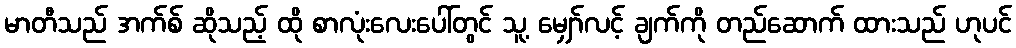
မာတီသည် အက်စ် ဆိုသည့် ထို စာလုံးလေးပေါ်တွင် သူ့ မျှော်လင့် ချက်ကို တည်ဆောက် ထားသည် ဟုပင်